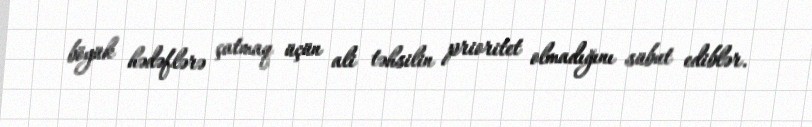
böyük hədəflərə çatmaq üçün ali təhsilin prioritet olmadığını sübut ediblər.